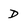
Character: D